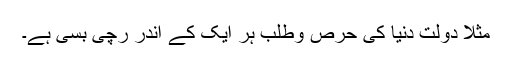
مثلاََ دولت دنیا کی حرص وطلب ہر ایک کے اندر رچی بسی ہے۔